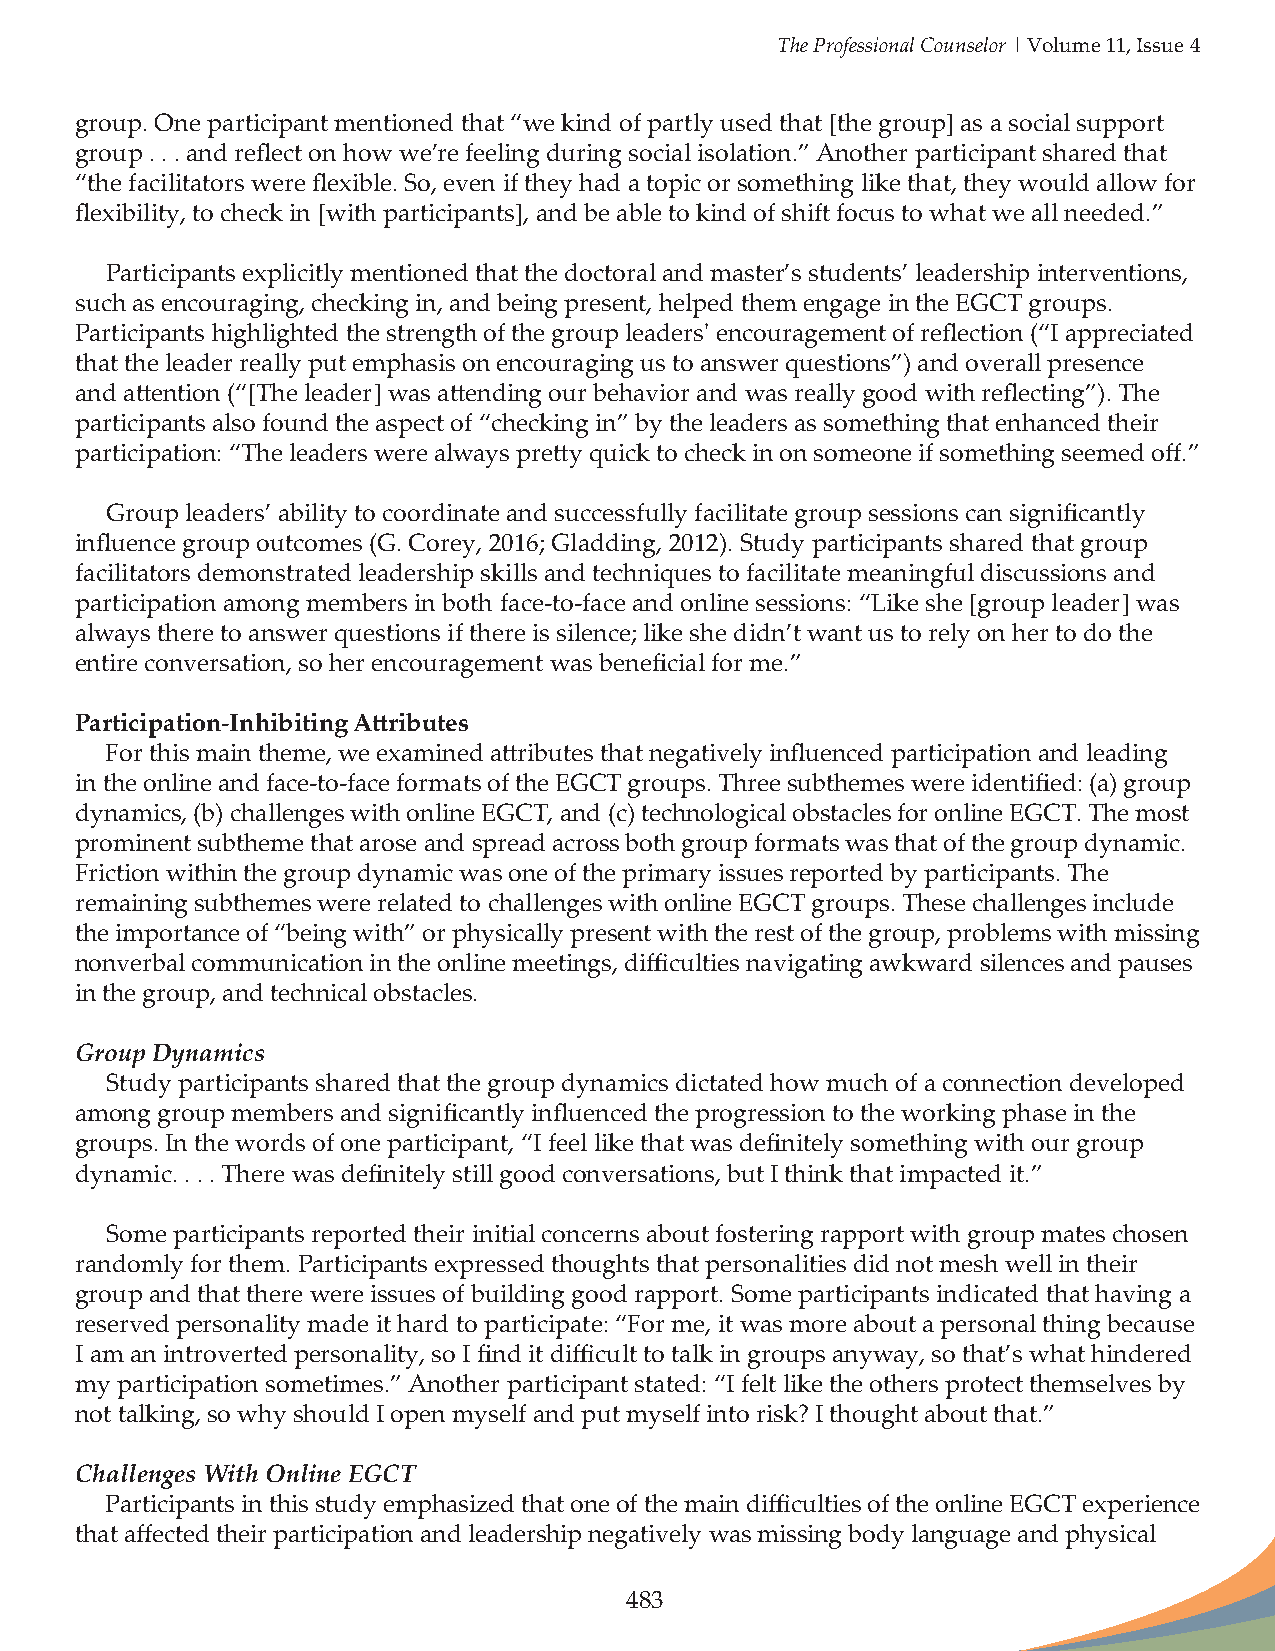
The Professional Counselor | Volume 11, Issue 4
 group. One participant mentioned that “we kind of partly used that [the group] as a social support
 group . . . and reflect on how we’re feeling during social isolation.” Another participant shared that
 “the facilitators were flexible. So, even if they had a topic or something like that, they would allow for
 flexibility, to check in [with participants], and be able to kind of shift focus to what we all needed.”
 Participants explicitly mentioned that the doctoral and master’s students’ leadership interventions,
 such as encouraging, checking in, and being present, helped them engage in the EGCT groups.
 Participants highlighted the strength of the group leaders' encouragement of reflection (“I appreciated
 that the leader really put emphasis on encouraging us to answer questions”) and overall presence
 and attention (“[The leader] was attending our behavior and was really good with reflecting”). The
 participants also found the aspect of “checking in” by the leaders as something that enhanced their
 participation: “The leaders were always pretty quick to check in on someone if something seemed off.”
 Group leaders’ ability to coordinate and successfully facilitate group sessions can significantly
 influence group outcomes (G. Corey, 2016; Gladding, 2012). Study participants shared that group
 facilitators demonstrated leadership skills and techniques to facilitate meaningful discussions and
 participation among members in both face-to-face and online sessions: “Like she [group leader] was
 always there to answer questions if there is silence; like she didn’t want us to rely on her to do the
 entire conversation, so her encouragement was beneficial for me.”
 Participation-Inhibiting Attributes
 For this main theme, we examined attributes that negatively influenced participation and leading
 in the online and face-to-face formats of the EGCT groups. Three subthemes were identified: (a) group
 dynamics, (b) challenges with online EGCT, and (c) technological obstacles for online EGCT. The most
 prominent subtheme that arose and spread across both group formats was that of the group dynamic.
 Friction within the group dynamic was one of the primary issues reported by participants. The
 remaining subthemes were related to challenges with online EGCT groups. These challenges include
 the importance of “being with” or physically present with the rest of the group, problems with missing
 nonverbal communication in the online meetings, difficulties navigating awkward silences and pauses
 in the group, and technical obstacles.
 Group Dynamics
 Study participants shared that the group dynamics dictated how much of a connection developed
 among group members and significantly influenced the progression to the working phase in the
 groups. In the words of one participant, “I feel like that was definitely something with our group
 dynamic. . . . There was definitely still good conversations, but I think that impacted it.”
 Some participants reported their initial concerns about fostering rapport with group mates chosen
 randomly for them. Participants expressed thoughts that personalities did not mesh well in their
 group and that there were issues of building good rapport. Some participants indicated that having a
 reserved personality made it hard to participate: “For me, it was more about a personal thing because
 I am an introverted personality, so I find it difficult to talk in groups anyway, so that’s what hindered
 my participation sometimes.” Another participant stated: “I felt like the others protect themselves by
 not talking, so why should I open myself and put myself into risk? I thought about that.”
 Challenges With Online EGCT
 Participants in this study emphasized that one of the main difficulties of the online EGCT experience
 that affected their participation and leadership negatively was missing body language and physical
 483